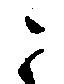
こ